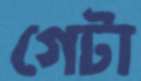
গেটা